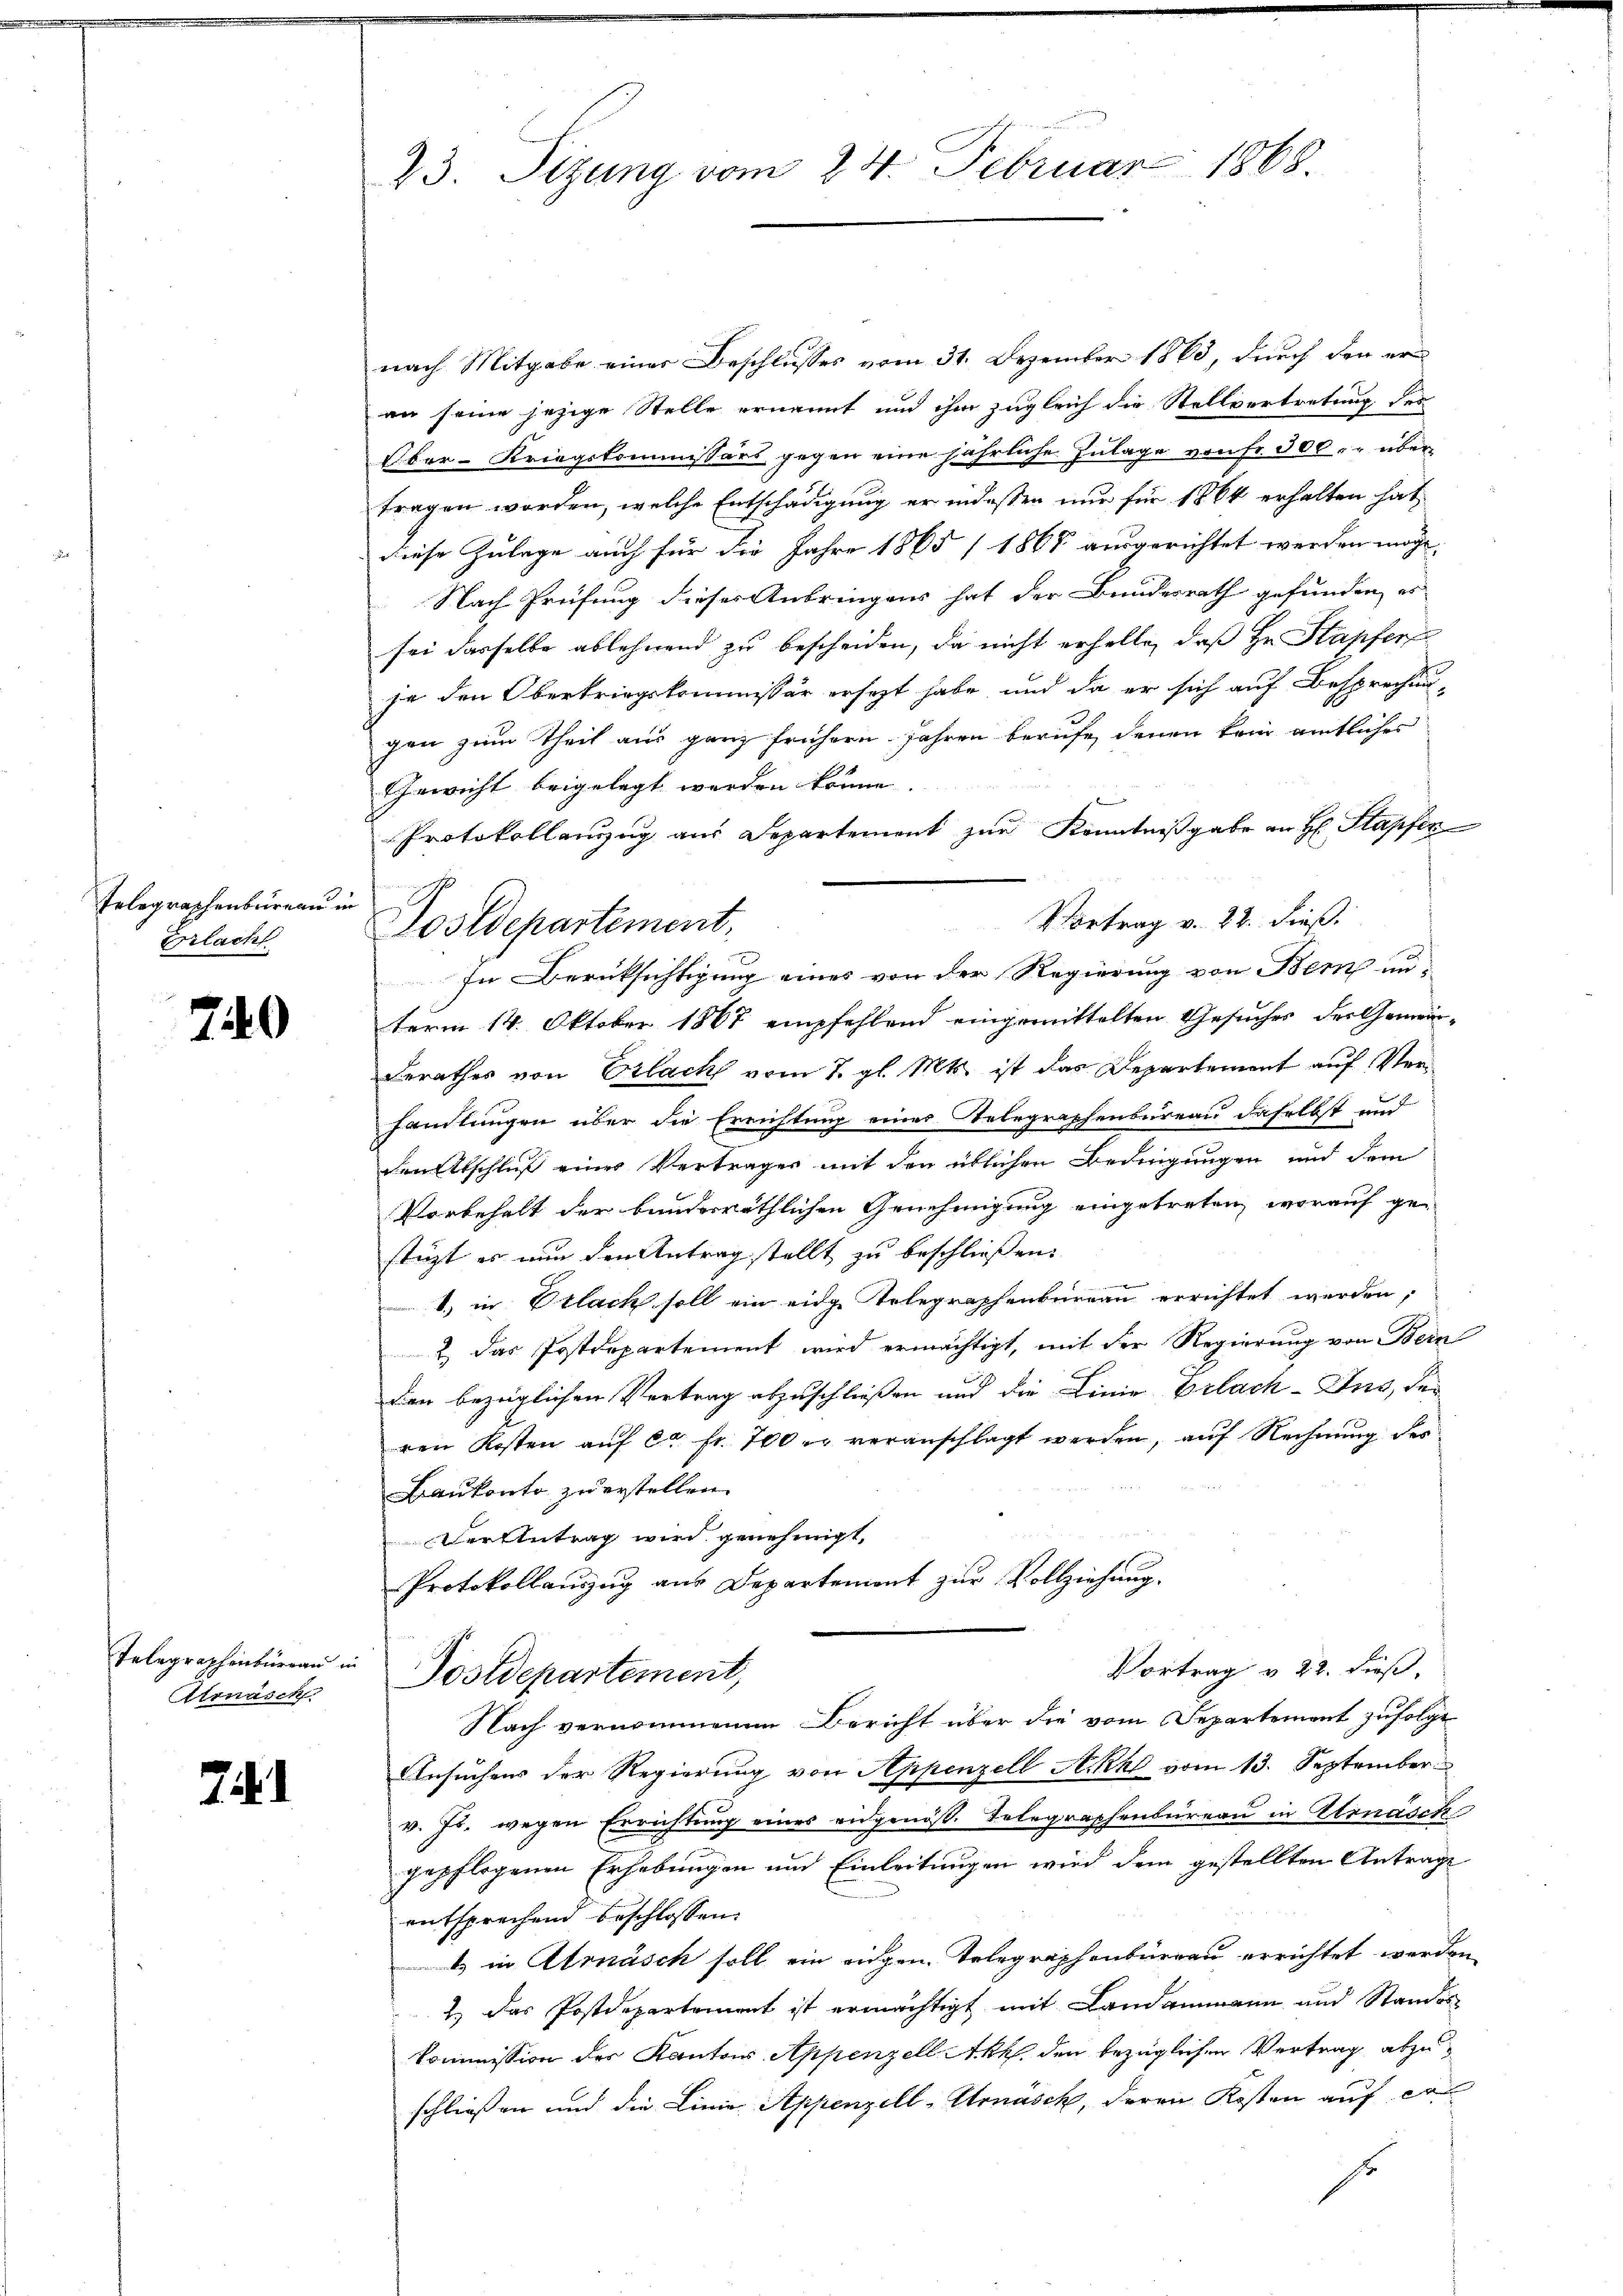
Telegraphenbüreau in
Erilach

740

Telegraphenburgau in
Arnasch

74.

23. Sitzung vom 24. Februar 1868.

nach Mitgabe einer Beschlusses vom 31. Dezember 1863, durch den eran seine jezige Stelle ernannt und ihm zugleich die Stellvertretung des
Ober-Kriegskommissärs gegen eine jährliche Zulage von Fr. 300. r. übertragen worden, welche Entschädigung er indeßen nur für 1864 erhalten hat
diese Zulage auch für die Jahre 1865 (1868 ausgerichtet werden möge.
Nach Prüfung dieses Anbringens hat der Bundesrath gefunden, es
sei dasselbe ablehnend zu bescheiden, da nicht erhelle, daß Hr. Stapfer
je den Oberkriegskommissär ersezt habe, und da er sich auf Besprechun-
gen zum Theil aus ganz frühern. Jahren berufe, denen kein amtliches
Gewicht beigelegt werden könne.
Protokollanzug aus Departement zur Kenntnißgabe an H: Stapfer
In Berüksichtigung eines von der Regierung von Bern un-
term 14. Oktober 1867 empfehlend eingemittelten Gesuches der Gemein-
derathes von Erlach vom 7. gl. Mts. ist das Departement auf Verhandlungen über die Errichtung eines Telegraphensureau daselbst und
den Abschluß eines Vertrages mit den üblichen Bedingungen und dem
Vorbehalt der bunderräthlichen Genehmigung eingetreten, worauf gestützt es nun den Antrag stellt zu beschließen.
1) in Erlack soll ein eidge Telegraphenbureau errichtet werden,
2 das Postdepartement wird ermächtigt, mit der Regierung von Bern
den bezüglichen Vertrag abzuschließen und die Linie Erlach-Ins, den
ren Kosten auf ca Fr. 700 er veranschlagt werden, auf Rechnung des
Baukonto zu erstellen.
Der Antrag wird genehmigt,
Protokollauszug aus Departement zur Vollziehung.
Vortrag v. 22. dieß,
Postdepartement,
Nach vernommenen Bericht über die vom Separtement zufolge
Ansuchens der Regierung von Appenzell Ackhl vom 13. September
v. Js. wegen Errichtung eines eidgenöß. Telegraphenbüreau in Alonäsch
gepflogenen Erhebungen und Einleitungen wird dem gestellten Antrage
entsprechend beschlossen:
) in Atrnäsch soll ein eigen Telegraphenburgau errichtet werden
2.) Das Postdepartement ist ermächtigt mit Landammann und Standes
Kommission der Kantons Appenzell Akk. den bezüglichen Vertrag abzuschließen und die Linie Appenzell-Urnasch, deren Kosten auf er
6

Postdepartement,

Vortrag v. 22. dieß.